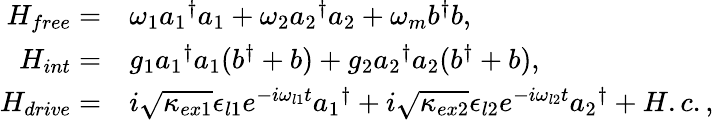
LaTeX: \begin{array}{rl}{H_{free}=}&{\omega_{1}{a_{1}}^{\dagger}a_{1}+\omega_{2}{a_{2}}^{\dagger}a_{2}+\omega_{m}b^{\dagger}b,}\\ {H_{int}=}&{g_{1}{a_{1}}^{\dagger}a_{1}(b^{\dagger}+b)+g_{2}{a_{2}}^{\dagger}a_{2}(b^{\dagger}+b),}\\ {H_{drive}=}&{i\sqrt{\kappa_{ex1}}\epsilon_{l1}e^{-i\omega_{l1}t}{a_{1}}^{\dagger}+i\sqrt{\kappa_{ex2}}\epsilon_{l2}e^{-i\omega_{l2}t}{a_{2}}^{\dagger}+H.c.,}\end{array}